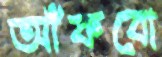
আঁকবো